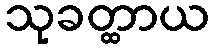
သုခတ္ထာယ